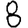
Digit: 8